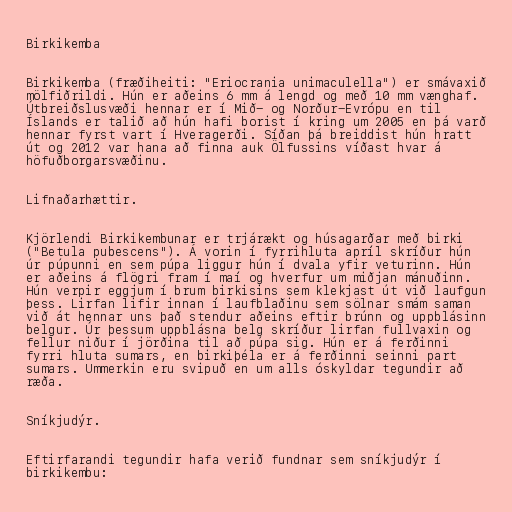
Birkikemba

Birkikemba (fræðiheiti: "Eriocrania unimaculella") er smávaxið
mölfiðrildi. Hún er aðeins 6 mm á lengd og með 10 mm vænghaf.
Útbreiðslusvæði hennar er í Mið- og Norður-Evrópu en til
Íslands er talið að hún hafi borist í kring um 2005 en þá varð
hennar fyrst vart í Hveragerði. Síðan þá breiddist hún hratt
út og 2012 var hana að finna auk Ölfussins víðast hvar á
höfuðborgarsvæðinu.

Lifnaðarhættir.

Kjörlendi Birkikembunar er trjárækt og húsagarðar með birki
("Betula pubescens"). Á vorin í fyrrihluta apríl skríður hún
úr púpunni en sem púpa liggur hún í dvala yfir veturinn. Hún
er aðeins á flögri fram í maí og hverfur um miðjan mánuðinn.
Hún verpir eggjum í brum birkisins sem klekjast út við laufgun
þess. Lirfan lifir innan í laufblaðinu sem sölnar smám saman
við át hennar uns það stendur aðeins eftir brúnn og uppblásinn
belgur. Úr þessum uppblásna belg skríður lirfan fullvaxin og
fellur niður í jörðina til að púpa sig. Hún er á ferðinni
fyrri hluta sumars, en birkiþéla er á ferðinni seinni part
sumars. Ummerkin eru svipuð en um alls óskyldar tegundir að
ræða.

Sníkjudýr.

Eftirfarandi tegundir hafa verið fundnar sem sníkjudýr í
birkikembu: